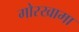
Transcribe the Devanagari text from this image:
गोरखामा